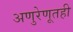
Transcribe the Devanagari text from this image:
अणुरेणूतही